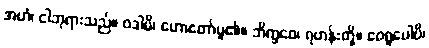
အဟံ၊ ငါဘုရားသည်။ ဝဒါမိ၊ ဟောတော်မူ၏။ ဘိက္ခဝေ၊ ရဟန်းတို့။ ဧဝရူပေါပိ၊